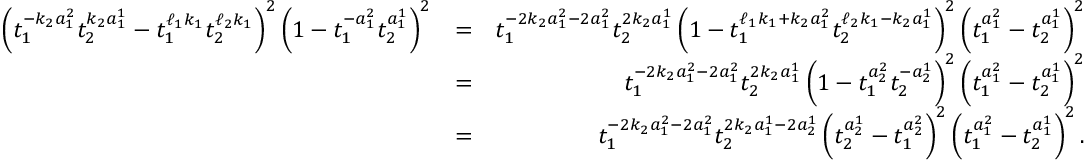
\begin{array} { r l r } { \left( t _ { 1 } ^ { - k _ { 2 } a _ { 1 } ^ { 2 } } t _ { 2 } ^ { k _ { 2 } a _ { 1 } ^ { 1 } } - t _ { 1 } ^ { \ell _ { 1 } k _ { 1 } } t _ { 2 } ^ { \ell _ { 2 } k _ { 1 } } \right) ^ { 2 } \left( 1 - t _ { 1 } ^ { - a _ { 1 } ^ { 2 } } t _ { 2 } ^ { a _ { 1 } ^ { 1 } } \right) ^ { 2 } } & { = } & { t _ { 1 } ^ { - 2 k _ { 2 } a _ { 1 } ^ { 2 } - 2 a _ { 1 } ^ { 2 } } t _ { 2 } ^ { 2 k _ { 2 } a _ { 1 } ^ { 1 } } \left( 1 - t _ { 1 } ^ { \ell _ { 1 } k _ { 1 } + k _ { 2 } a _ { 1 } ^ { 2 } } t _ { 2 } ^ { \ell _ { 2 } k _ { 1 } - k _ { 2 } a _ { 1 } ^ { 1 } } \right) ^ { 2 } \left( t _ { 1 } ^ { a _ { 1 } ^ { 2 } } - t _ { 2 } ^ { a _ { 1 } ^ { 1 } } \right) ^ { 2 } } \\ & { = } & { t _ { 1 } ^ { - 2 k _ { 2 } a _ { 1 } ^ { 2 } - 2 a _ { 1 } ^ { 2 } } t _ { 2 } ^ { 2 k _ { 2 } a _ { 1 } ^ { 1 } } \left( 1 - t _ { 1 } ^ { a _ { 2 } ^ { 2 } } t _ { 2 } ^ { - a _ { 2 } ^ { 1 } } \right) ^ { 2 } \left( t _ { 1 } ^ { a _ { 1 } ^ { 2 } } - t _ { 2 } ^ { a _ { 1 } ^ { 1 } } \right) ^ { 2 } } \\ & { = } & { t _ { 1 } ^ { - 2 k _ { 2 } a _ { 1 } ^ { 2 } - 2 a _ { 1 } ^ { 2 } } t _ { 2 } ^ { 2 k _ { 2 } a _ { 1 } ^ { 1 } - 2 a _ { 2 } ^ { 1 } } \left( t _ { 2 } ^ { a _ { 2 } ^ { 1 } } - t _ { 1 } ^ { a _ { 2 } ^ { 2 } } \right) ^ { 2 } \left( t _ { 1 } ^ { a _ { 1 } ^ { 2 } } - t _ { 2 } ^ { a _ { 1 } ^ { 1 } } \right) ^ { 2 } . } \end{array}